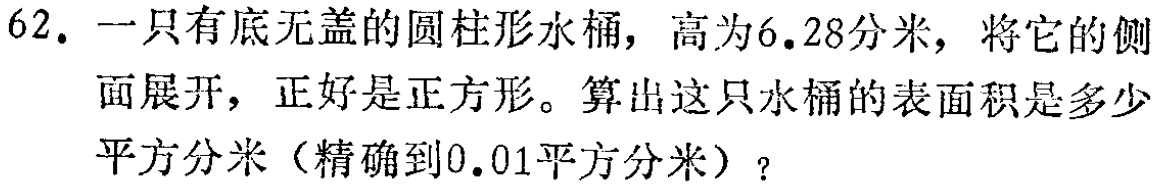
62. 一只有底无盖的圆柱形水桶，高为6.28分米，将它的侧面展开，正好是正方形。算出这只水桶的表面积是多少平方分米（精确到0.01平方分米）？